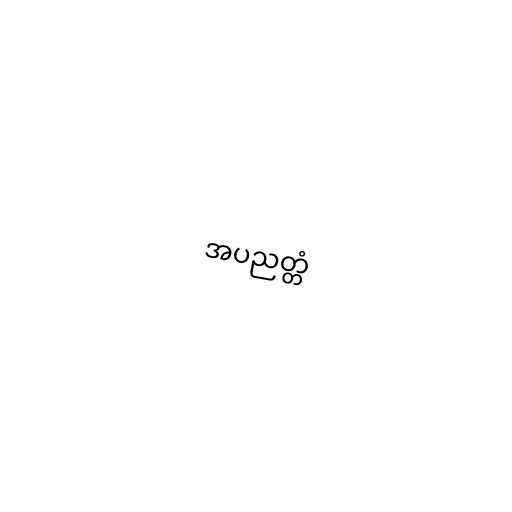
အပညတ္တံ